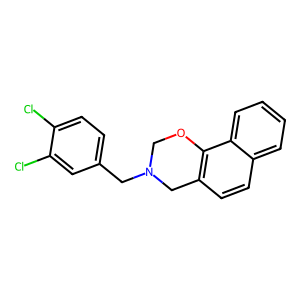
SMILES: Clc1ccc(CN2COc3c(ccc4ccccc34)C2)cc1Cl
Inhibits HIV replication: No